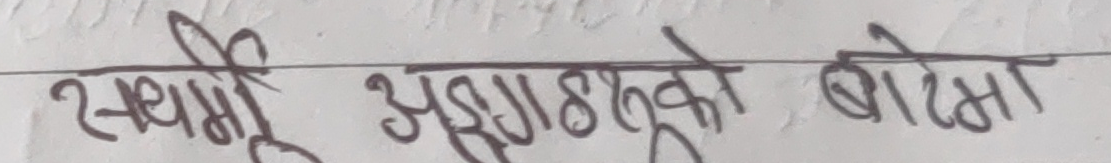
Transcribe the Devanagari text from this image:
स्थामी अराज्ञाहरूको बोल्मा